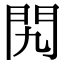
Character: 𨳊